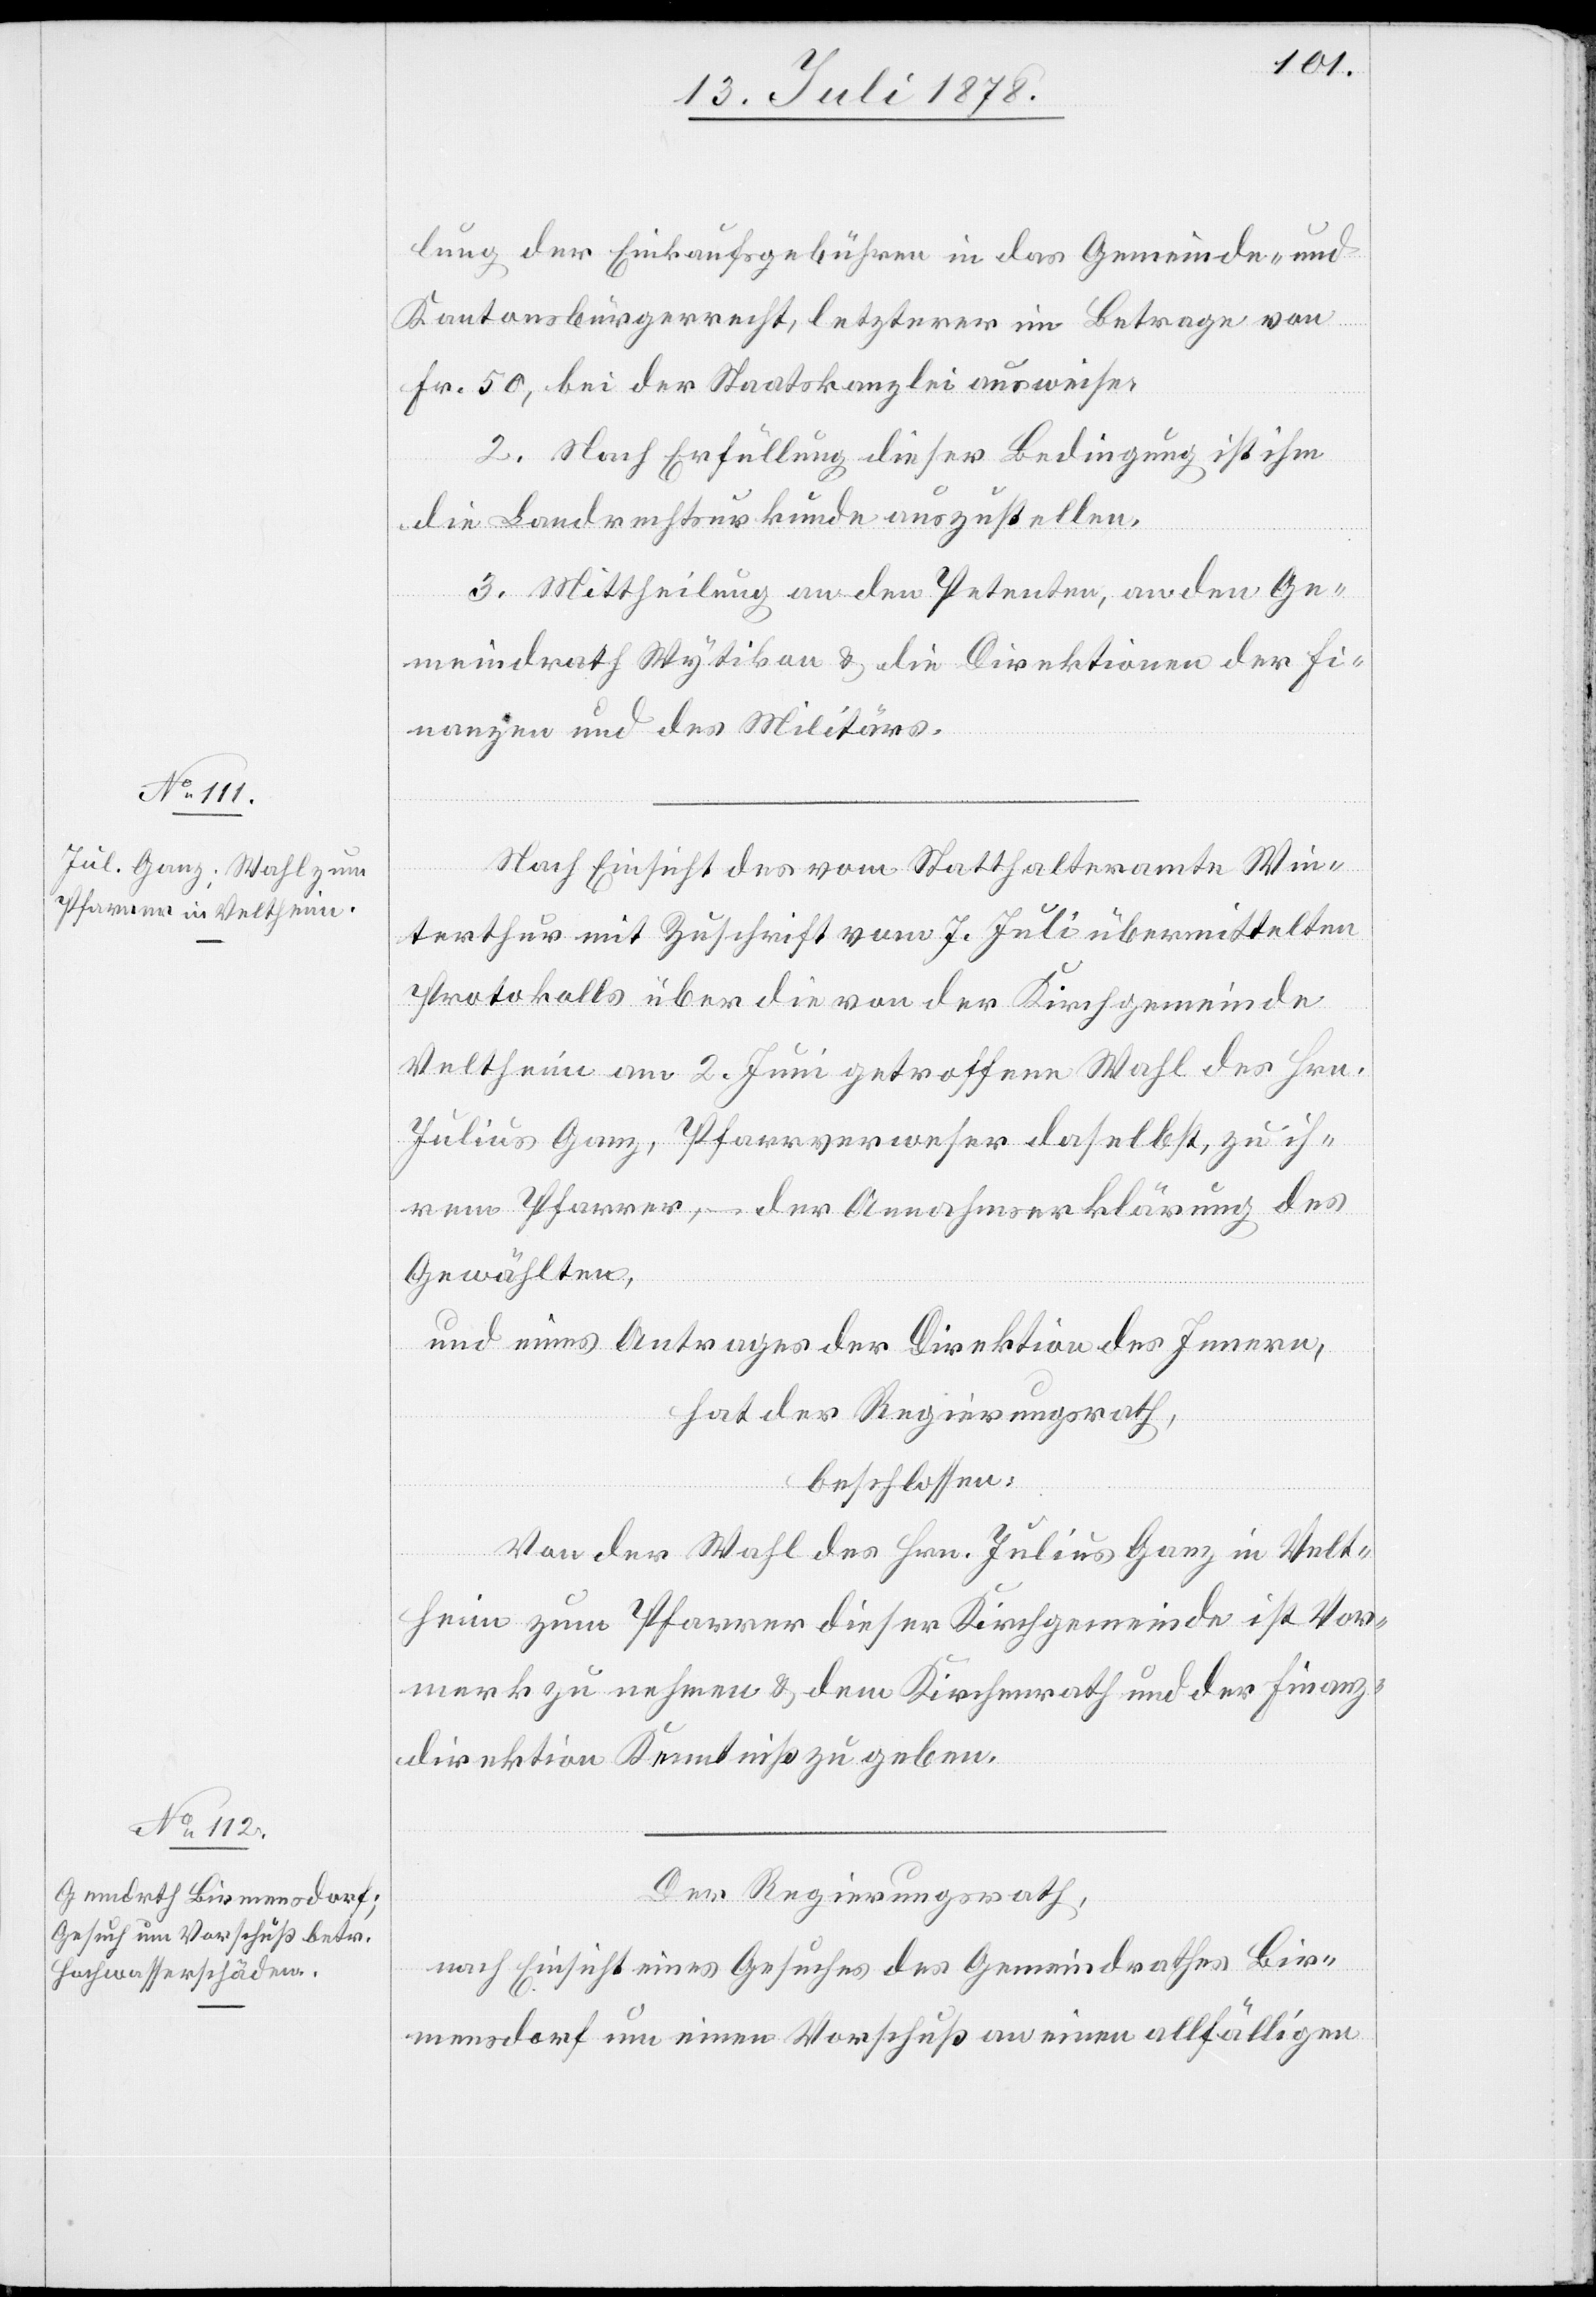
lung der Einkaufsgebühren in das Gemeinde- und
Kantonsbürgerrecht, letzterer im Betrage von
Fr. 50, bei der Staatskanzlei ausweise.
2. Nach Erfüllung dieser Bedingung ist ihm
die Landrechtsurkunde auszustellen.
3. Mittheilung an den Petenten, an den Ge¬
meindrath Wytikon & die Direktionen der Fi¬
nanzen und des Militärs.
Nach Einsicht des vom Statthalteramte Win¬
terthur mit Zuschrift vom 7. Juli übermittelten
Protokolls über die von der Kirchgemeinde
Veltheim am 2. Juni getroffene Wahl des Hrn.
Julius Ganz, Pfarrverweser daselbst zu ih¬
rem Pfarrer, – der Annahmerklärung des
Gewählten,
und eines Antrages der Direktion des Innern,
hat der Regierungsrath,
beschlossen:
Von der Wahl des Hrn. Julius Ganz in Velt¬
heim zum Pfarrer dieser Kirchgemeinde ist Vor¬
merk zu nehmen & dem Kirchenrath und der Finanz¬
direktion Kenntniß zu geben.
Der Regierungsrath,
nach Einsicht eines Gesuches des Gemeindrathes Bir¬
mensdorf um einen Vorschuß an einen allfälligen